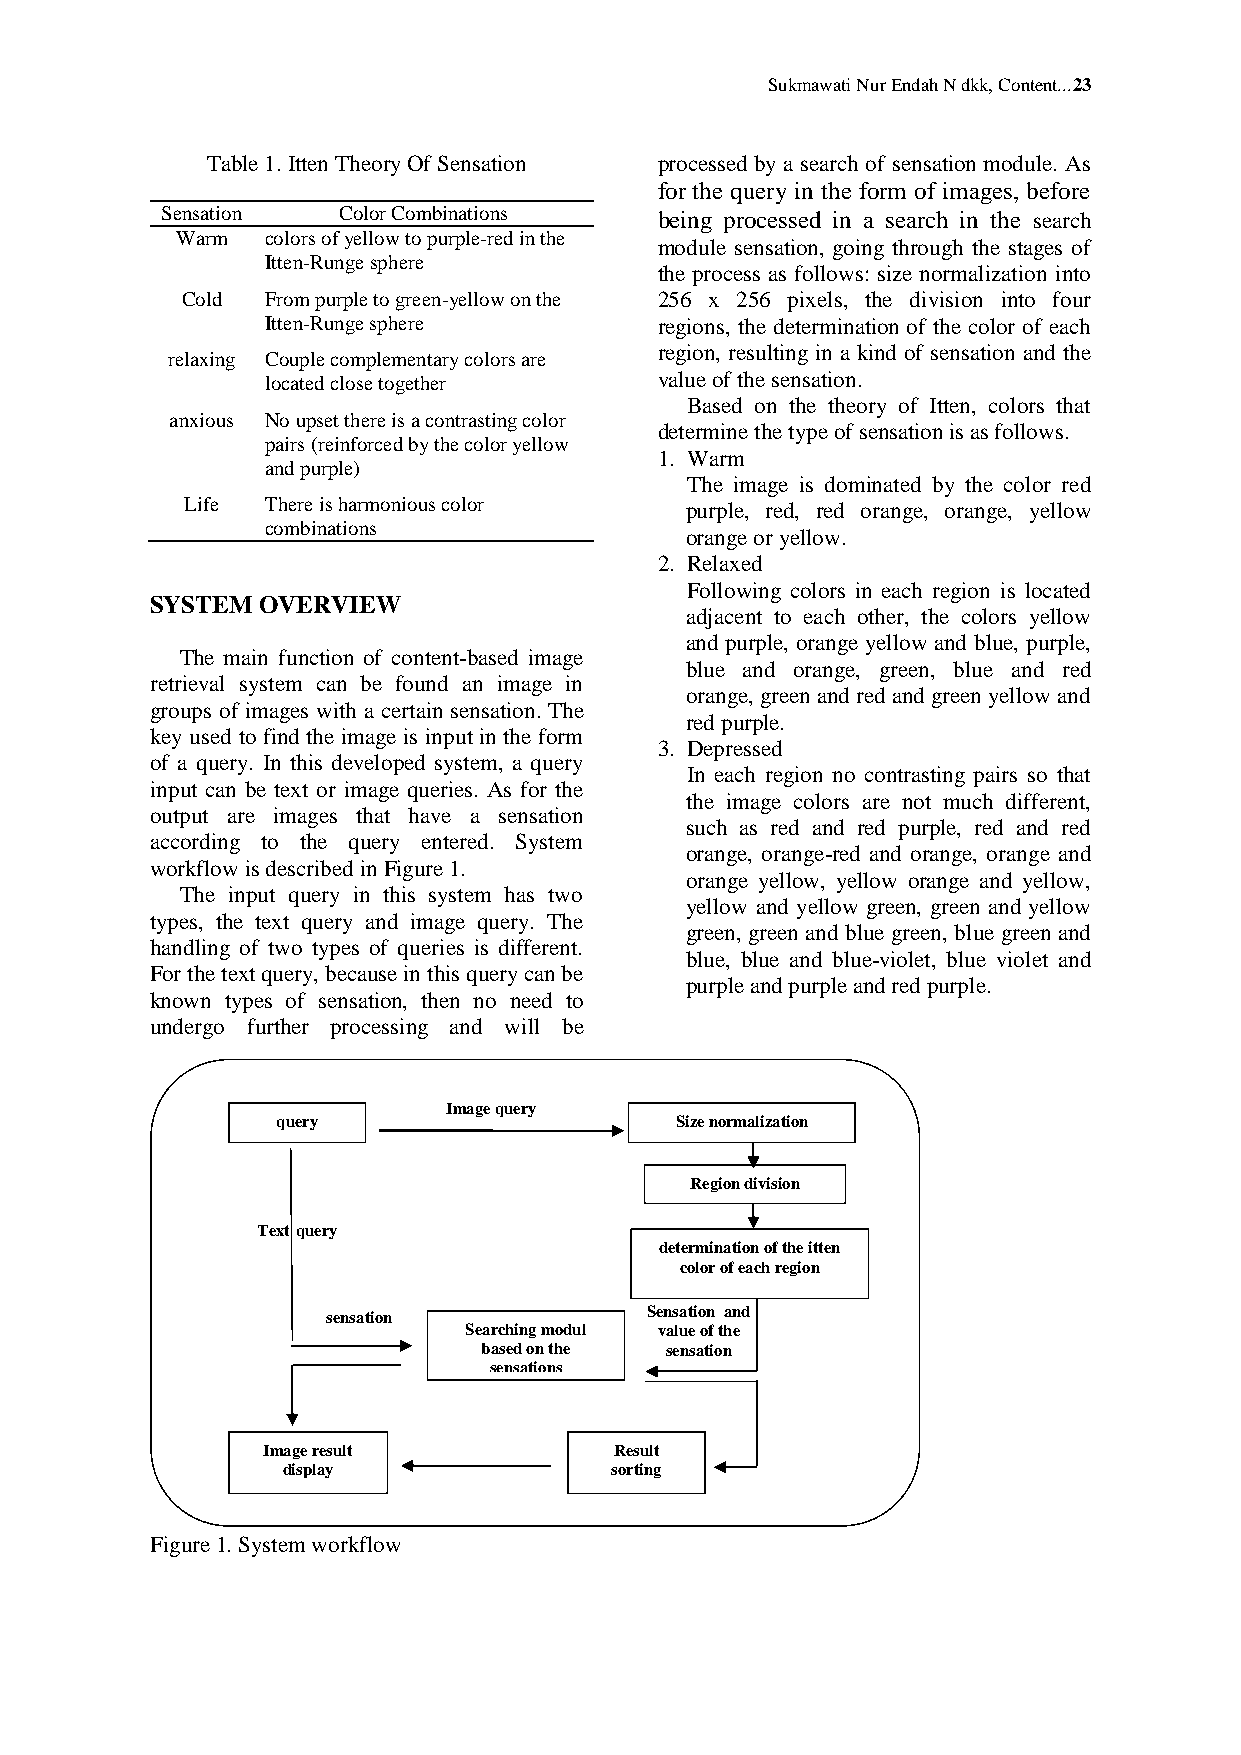
Sukmawati Nur Endah N dkk, Content...23
 Table 1. Itten Theory Of Sensation processed by a search of sensation module. As
 for the query in the form of images, before
 Sensation  Color Combinations    being processed in a search in the search
 Warm  colors of yellow to purple-red in the
 module sensation, going through the stages of
 Itten-Runge sphere
 the process as follows: size normalization into
 Cold  From purple to green-yellow on the 256 x 256 pixels, the division into four
 Itten-Runge sphere        regions, the determination of the color of each
 region, resulting in a kind of sensation and the
 relaxing Couple complementary colors are
 located close together    value of the sensation.
 Based on the theory of Itten, colors that
 anxious No upset there is a contrasting color
 determine the type of sensation is as follows.
 pairs (reinforced by the color yellow
 1. Warm
 and purple)
 The image is dominated by the color red
 Life  There is harmonious color  purple, red, red orange, orange, yellow
 combinations
 orange or yellow.
 2. Relaxed
 Following colors in each region is located
 SYSTEM OVERVIEW
 adjacent to each other, the colors yellow
 and purple, orange yellow and blue, purple,
 The main function of content-based image
 blue and orange, green, blue and red
 retrieval system can be found an image in
 orange, green and red and green yellow and
 groups of images with a certain sensation. The
 red purple.
 key used to find the image is input in the form
 3. Depressed
 of a query. In this developed system, a query
 In each region no contrasting pairs so that
 input can be text or image queries. As for the
 the image colors are not much different,
 output are images that have a sensation
 such as red and red purple, red and red
 according to the query entered. System
 orange, orange-red and orange, orange and
 workflow is described in Figure 1.
 orange yellow, yellow orange and yellow,
 The input query in this system has two
 yellow and yellow green, green and yellow
 types, the text query and image query. The
 green, green and blue green, blue green and
 handling of two types of queries is different.
 blue, blue and blue-violet, blue violet and
 For the text query, because in this query can be
 purple and purple and red purple.
 known types of sensation, then no need to
 undergo further processing and will be
 Image query
 query                      Size normalization
 Region division
 Text query
 determination of the itten
 color of each region
 sensation            Sensation and
 Searching modul value of the
 based on the sensation
 sensations
 Image result            Result
 display              sorting
 Figure 1. System workflow